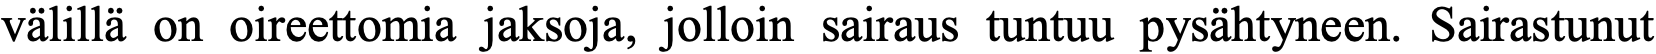
välillä on oireettomia jaksoja, jolloin sairaus tuntuu pysähtyneen. Sairastunut